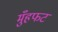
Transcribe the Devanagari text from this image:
मुँहफट